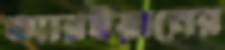
আরইয়ানের